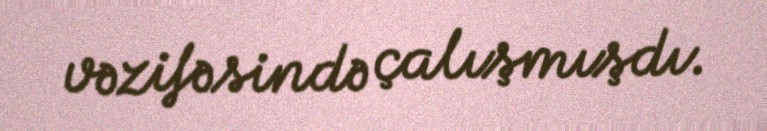
vəzifəsində çalışmışdı.